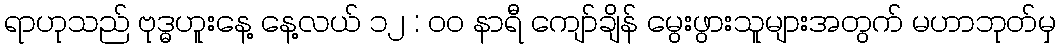
ရာဟုသည် ဗုဒ္ဓဟူးနေ့ နေ့လယ် ၁၂ : ၀၀ နာရီ ကျော်ချိန် မွေးဖွားသူများအတွက် မဟာဘုတ်မှ